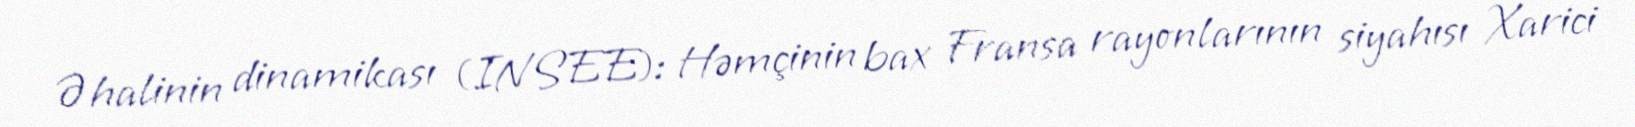
Əhalinin dinamikası (INSEE): Həmçinin bax Fransa rayonlarının siyahısı Xarici